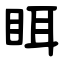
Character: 眲